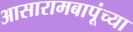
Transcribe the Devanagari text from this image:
आसारामबापूंच्या